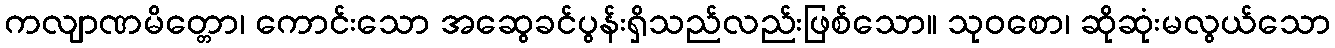
ကလျာဏမိတ္တော၊ ကောင်းသော အဆွေခင်ပွန်းရှိသည်လည်းဖြစ်သော။ သုဝစော၊ ဆိုဆုံးမလွယ်သော